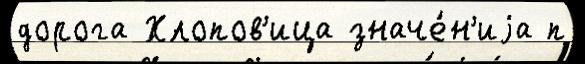
дорога Хлопов'ица значе́н'иjа п